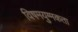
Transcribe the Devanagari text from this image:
विषमयुग्मकता